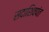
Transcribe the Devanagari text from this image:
सदाशिवपंत